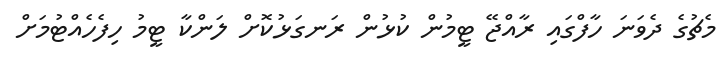
މެޗުގެ ދެވަނަ ހާފްގައި ރާއްޖޭ ޓީމުން ކުޅުން ރަނގަޅުކޮށް ލަންކާ ޓީމު ހިފެހެއްޓުމަށް